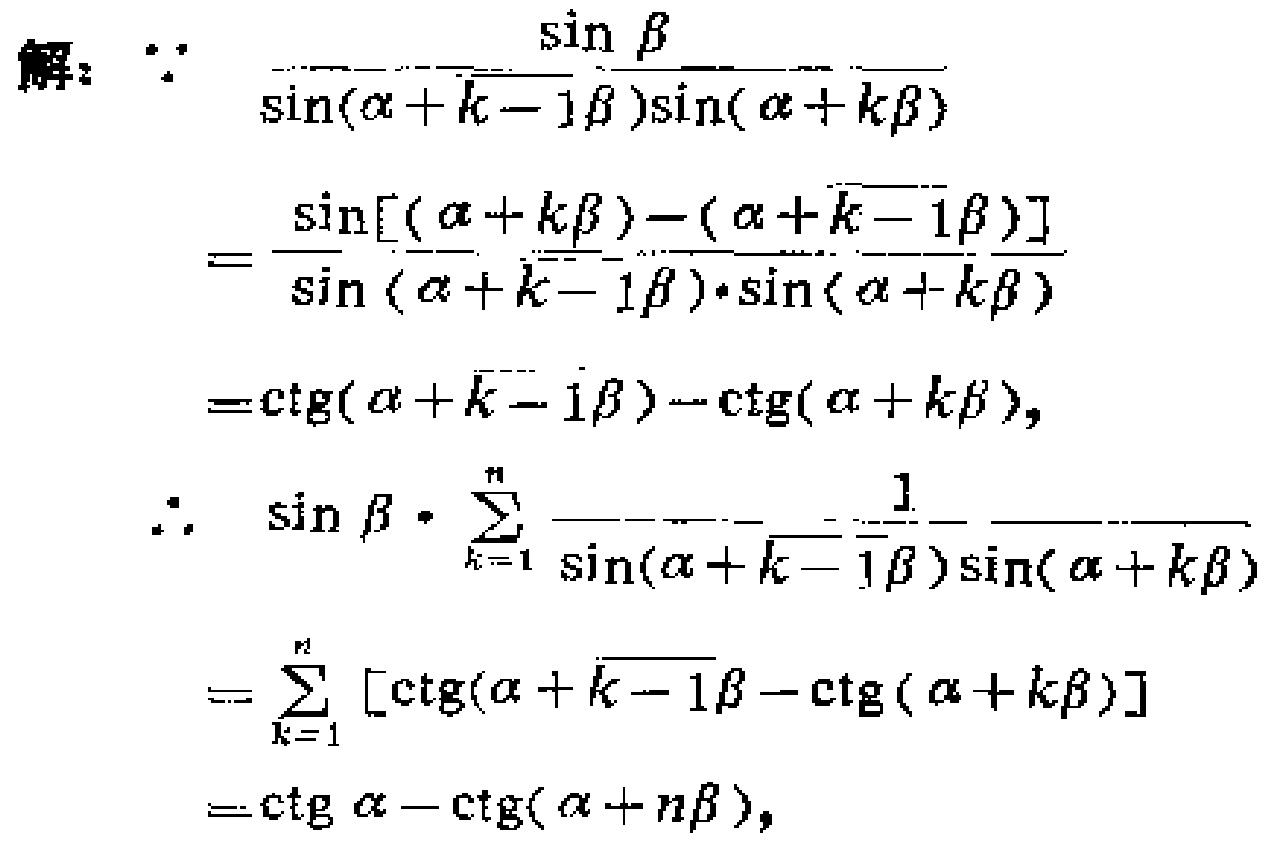
解：$\because$
\[
\frac{\sin\beta}{\sin(\alpha+(k - 1)\beta)\sin(\alpha + k\beta)}
\]
\[
=\frac{\sin[(\alpha + k\beta)-(\alpha+(k - 1)\beta)]}{\sin(\alpha+(k - 1)\beta)\cdot\sin(\alpha + k\beta)}
\]
\[
=\mathrm{ctg}(\alpha+(k - 1)\beta)-\mathrm{ctg}(\alpha + k\beta),
\]
\(\therefore\)
\[
\sin\beta\cdot\sum_{k = 1}^{n}\frac{1}{\sin(\alpha+(k - 1)\beta)\sin(\alpha + k\beta)}
\]
\[
=\sum_{k = 1}^{n}[\mathrm{ctg}(\alpha+(k - 1)\beta-\mathrm{ctg}(\alpha + k\beta)]
\]
\[
=\mathrm{ctg}\alpha-\mathrm{ctg}(\alpha + n\beta),
\]